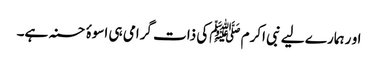
او ر ہمارے لیے نبی اکرم ﷺکی ذات گرامی ہی اسوۂ حسنہ ہے۔